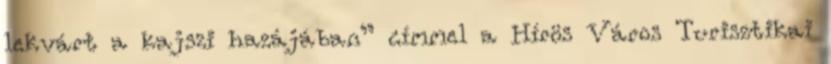
lekvárt a kajszi hazájában” címmel a Hírös Város Turisztikai